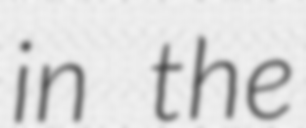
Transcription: in the